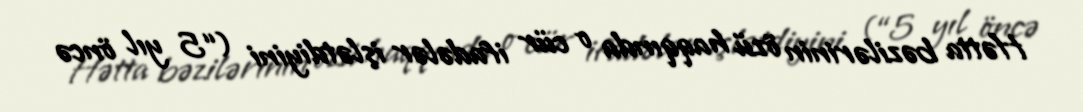
Hətta bəzilərinin özü haqqında o cür ifadələr işlətdiyini (“5 yıl öncə